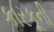
કારકૂની